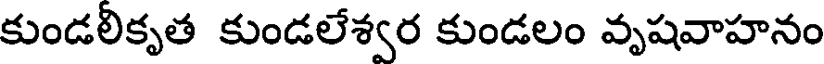
కుండలికృత కుండలేశ్వర కుండలం వృషవాహనం